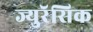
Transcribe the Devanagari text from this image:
ज्युरॅसिक